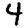
Digit: 4